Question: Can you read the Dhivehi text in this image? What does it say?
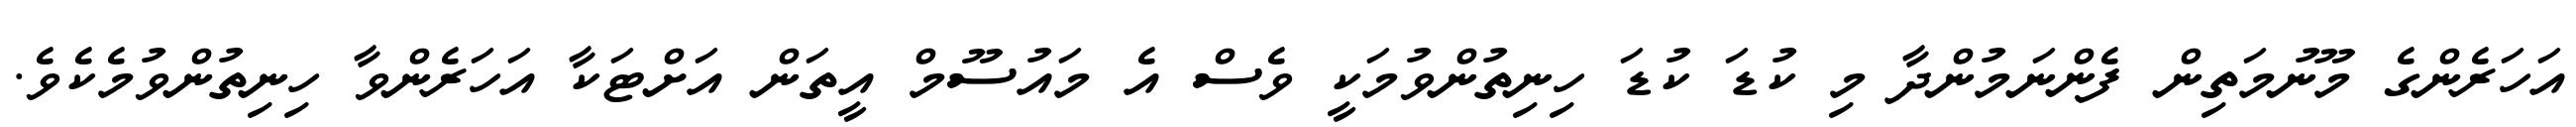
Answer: އަހަރެންގެ މޫނުމަތިން ފެންނަމުންދާ މި ކުޑަ ކުޑަ ހިނިތުންވުމަކީ ވެސް އެ މައުސޫމް އީތަން އަށްޓަކާ އަހަރެންވާ ހިނިތުންވުމެކެވެ.